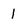
Character: 1